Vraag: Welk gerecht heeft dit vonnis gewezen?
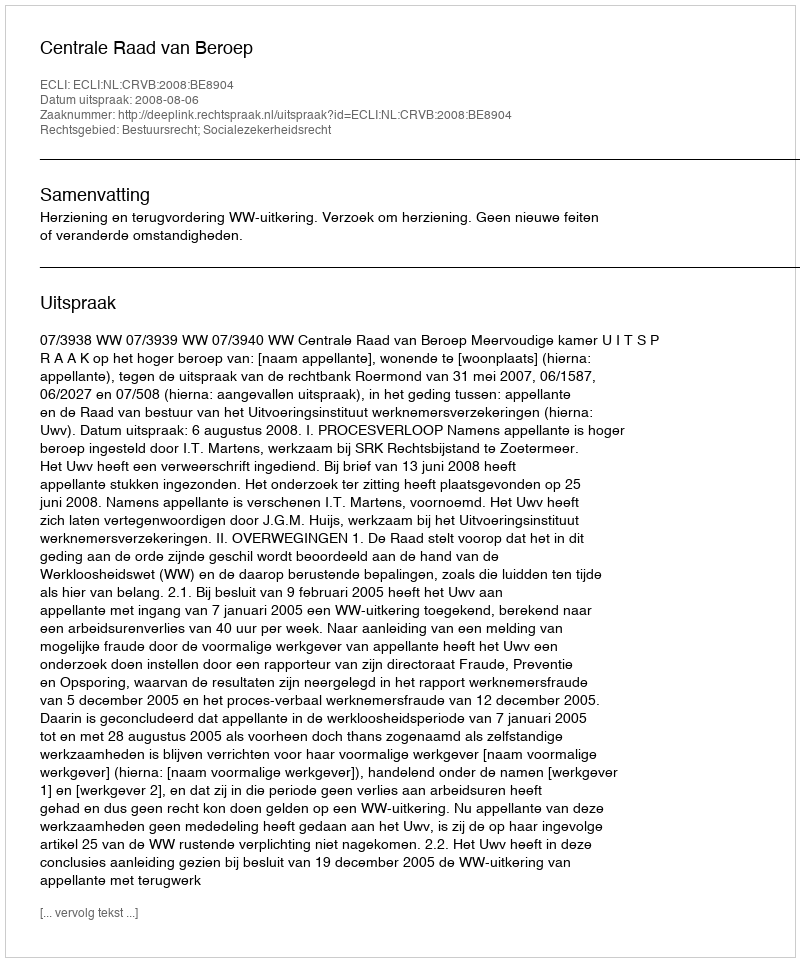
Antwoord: Centrale Raad van Beroep